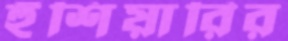
হুঁশিয়ারির